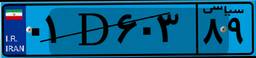
۰۱D۶۰۳۸۹